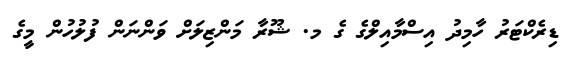
ޑިރެކްޓަރު ހާމިދު އިސްމާއިލްގެ ގެ މ. ޝޫރާ މަންޒިލަށް ވަންނަން ފުލުހުން މީގެ